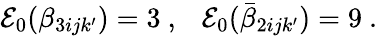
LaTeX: {\cal E}_{0}(\beta_{3ijk^{\prime}})=3~,~~~{\cal E}_{0}(\bar{\beta}_{2ijk^{\prime}})=9~.